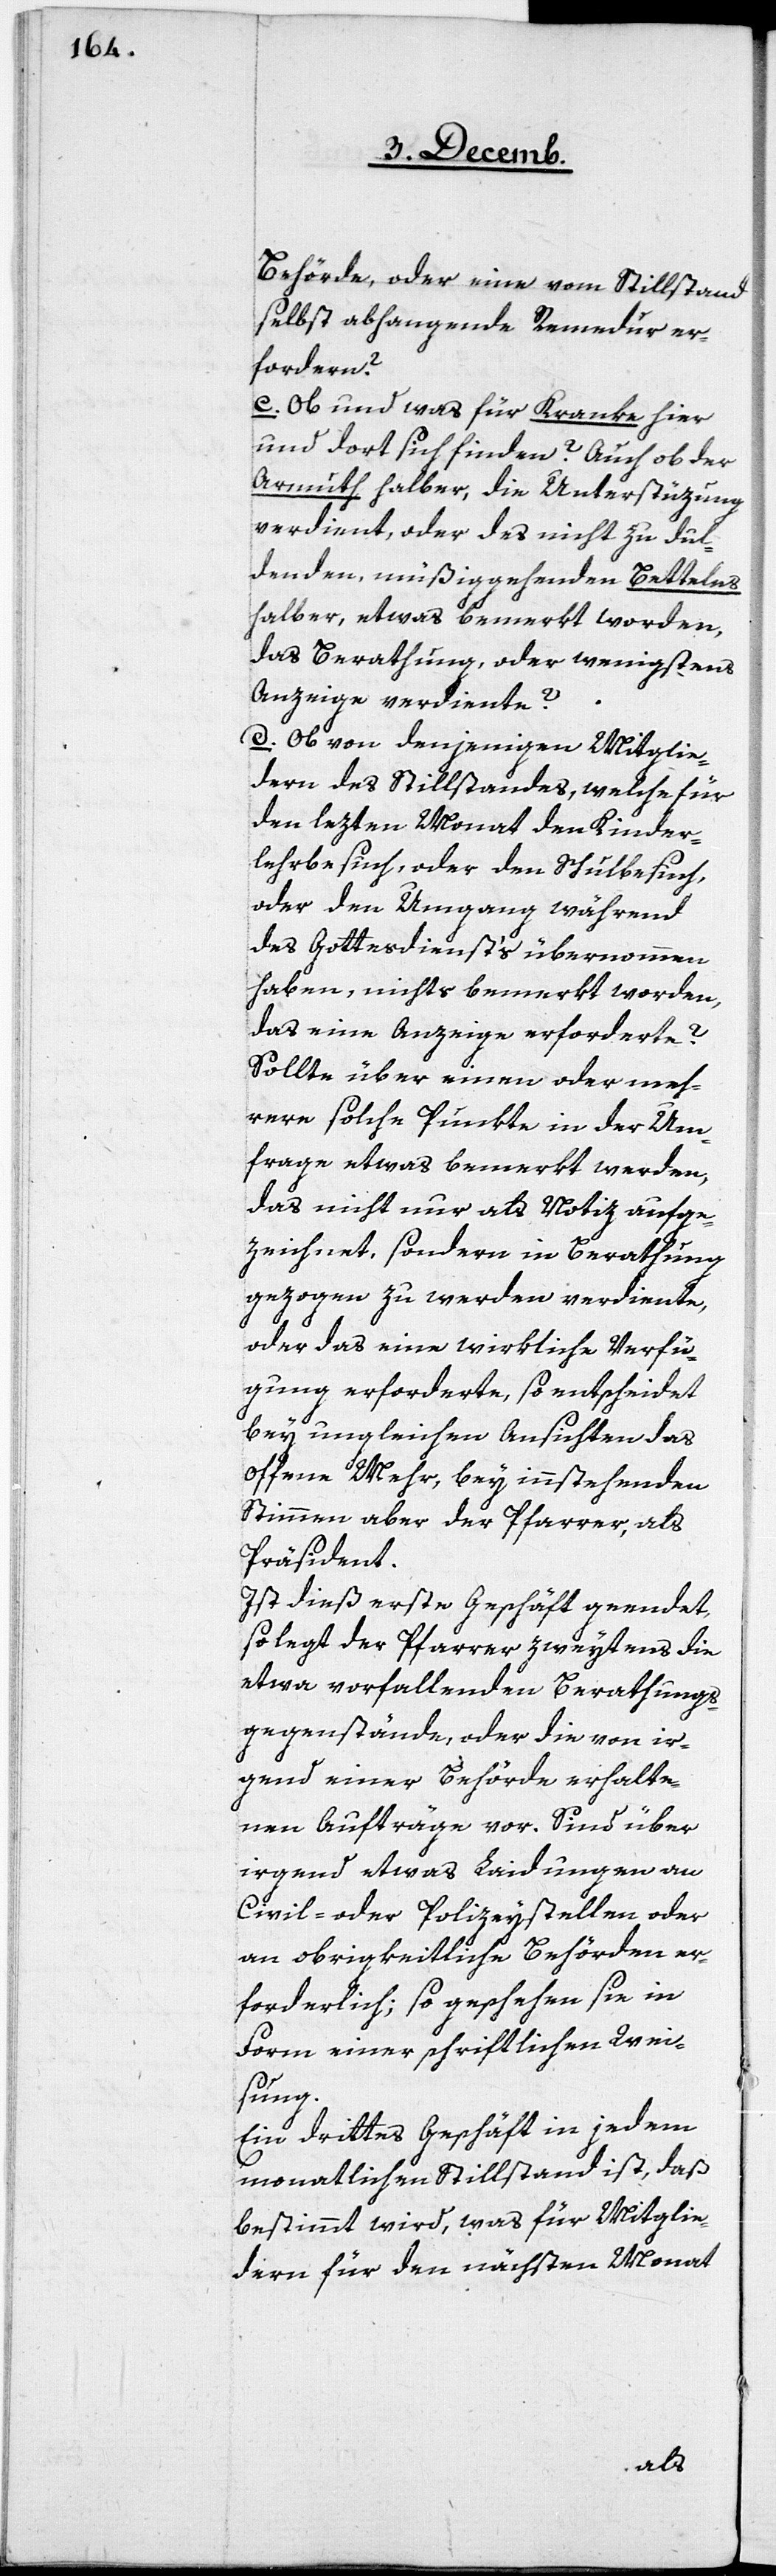
Behörde, oder eine vom Stillstand
selbst abhangende Remedur er¬
fordern?
c. Ob und was für Kranke hier
und dort sich finden? Auch ob der
Armuth halber, die Unterstüzung
verdient, oder des nicht zu dul¬
denden, müßiggehenden Bettelns
halber, etwas bemerkt worden,
das Berathung, oder wenigstens
Anzeige verdiente?
d. Ob von denjenigen Mitglie¬
dern des Stillstandes, welche für
den lezten Monat den Kinder¬
lehrbesuch, oder den Schulbesuch,
oder den Umgang während
des Gottesdienst‘s übernommen
haben, nichts bemerkt worden,
das eine Anzeige erforderte?
Sollte über einen oder meh¬
rere solche Punkte in der Um¬
frage etwas bemerkt werden,
das nicht nur als Notiz aufge¬
zeichnet, sondern in Berathung
gezogen zu werden verdiente,
oder das eine wirkliche Verfü¬
gung erforderte, so entscheidet
bey ungleichen Ansichten das
offene Mehr, bey innstehenden
Stimmen aber der Pfarrer, als
Präsident.
Ist dieß erste Geschäft geendet,
so legt der Pfarrer zweytens die
etwa vorfallenden Berathungs¬
gegenstände, oder die von ir¬
gend einer Behörde erhalte¬
nen Aufträge vor. Sind über
irgend etwas Laidungen an
Civil- oder Polizeystellen oder
an obrigkeitliche Behörden er¬
forderlich; so geschehe sie in
Form einer schriftlichen Wei¬
sung.
Ein drittes Geschäft in jedem
monatlichen Stillstand ist, daß
bestimmt wird, was für Mitglie¬
dern für den nächsten Monat